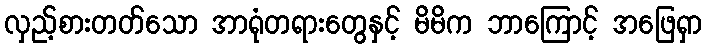
လှည့်စားတတ်သော အာရုံတရားတွေနှင့် မိမိက ဘာကြောင့် အဖြေရှာ